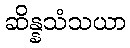
ဆိန္နသံသယာ